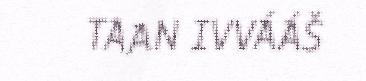
TAAN IVVÁÁŠ